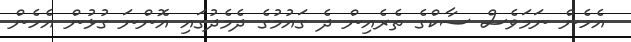
އެހެން ނަމަވެސް ސާކްގެ ތެރެއިން ދެ ގައުމުގެ ދެމެދުގައި އޮންނަ ގުޅުން އެހެން